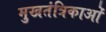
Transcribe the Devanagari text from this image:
मुखतंत्रिकाओं